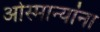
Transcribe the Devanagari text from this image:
ओस्मान्यांना